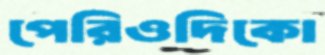
পেরিওদিকো